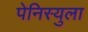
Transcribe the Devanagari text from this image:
पेनिस्युला